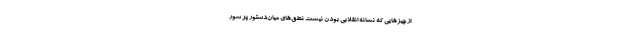
از چیزهایی که نشانه انقلابی بودن نیست نطق‌های میان‌دستورِ پر شورِ